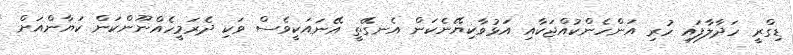
ޑިގްރީ ހަދާލާފައި ހުރި އަންހެންކުއްޖަކާއި އަޅުވާކިޔޭނެކަން އެނގޭތީ އޭނައަކީވެސް ވަކި ދެރަމީހެއްނޫންކަން ކަޔާންއަށް